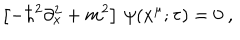
LaTeX: \left[ - \hbar ^ { 2 } \partial _ { x } ^ { 2 } + m ^ { 2 } \right] \, \psi ( x ^ { \mu } ; \tau ) = 0 \ ,